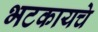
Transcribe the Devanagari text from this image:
भटकायचे